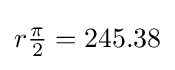
r{\tfrac {\pi }{2}}=245.38